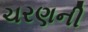
ચરણની